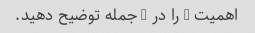
اهمیت X را در 4 جمله توضیح دهید.